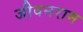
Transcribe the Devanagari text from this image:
जीवनराम